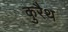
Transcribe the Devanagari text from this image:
कुरैथ